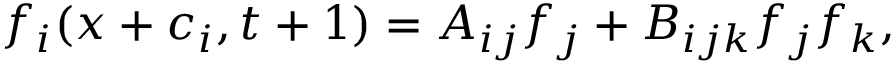
f _ { i } ( x + c _ { i } , t + 1 ) = A _ { i j } f _ { j } + B _ { i j k } f _ { j } f _ { k } ,